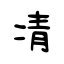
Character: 凊